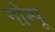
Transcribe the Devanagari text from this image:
गोम्‍पू